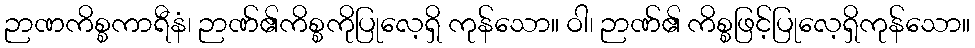
ဉာဏကိစ္စကာရီနံ၊ ဉာဏ်၏ကိစ္စကိုပြုလေ့ရှိ ကုန်သော။ ဝါ၊ ဉာဏ်၏ ကိစ္စဖြင့်ပြုလေ့ရှိကုန်သော။